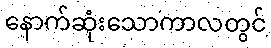
နောက်ဆုံးသောကာလတွင်